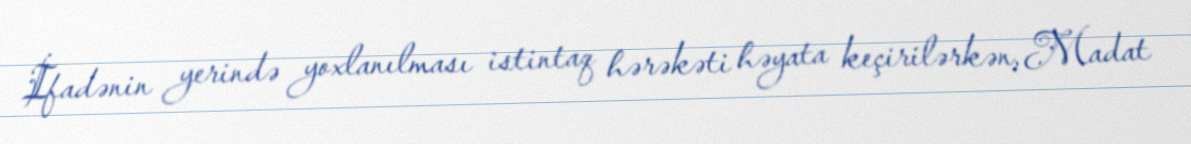
İfadənin yerində yoxlanılması istintaq hərəkəti həyata keçirilərkən, Madat